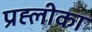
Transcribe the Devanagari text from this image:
प्रह्लीका